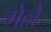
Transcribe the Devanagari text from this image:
गेल्लें